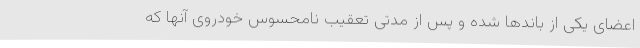
اعضای یکی از باندها شده و پس از مدتی تعقیب نامحسوس خودروی آنها که